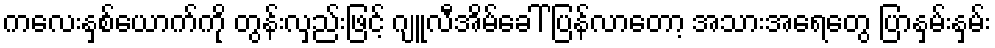
ကလေးနှစ်ယောက်ကို တွန်းလှည်းဖြင့် ဂျူလီအိမ်ခေါ် ပြန်လာတော့ အသားအရေတွေ ပြာနှမ်းနှမ်း